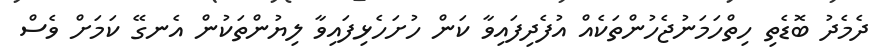
ދެމެދު ބޮޑެތި ހިތްހަމަނުޖެހުންތަކެއް އުފެދިފައިވާ ކަން ހުށަހެޅިފައިވާ ލިޔުންތަކުން އެނގޭ ކަމަށް ވެސް